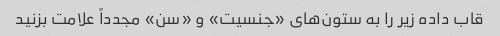
قاب داده زیر را به ستون‌های «جنسیت» و «سن» مجدداً علامت بزنید